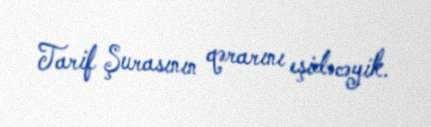
Tarif Şurasının qərarını eşidəcəyik.